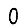
Digit: 0